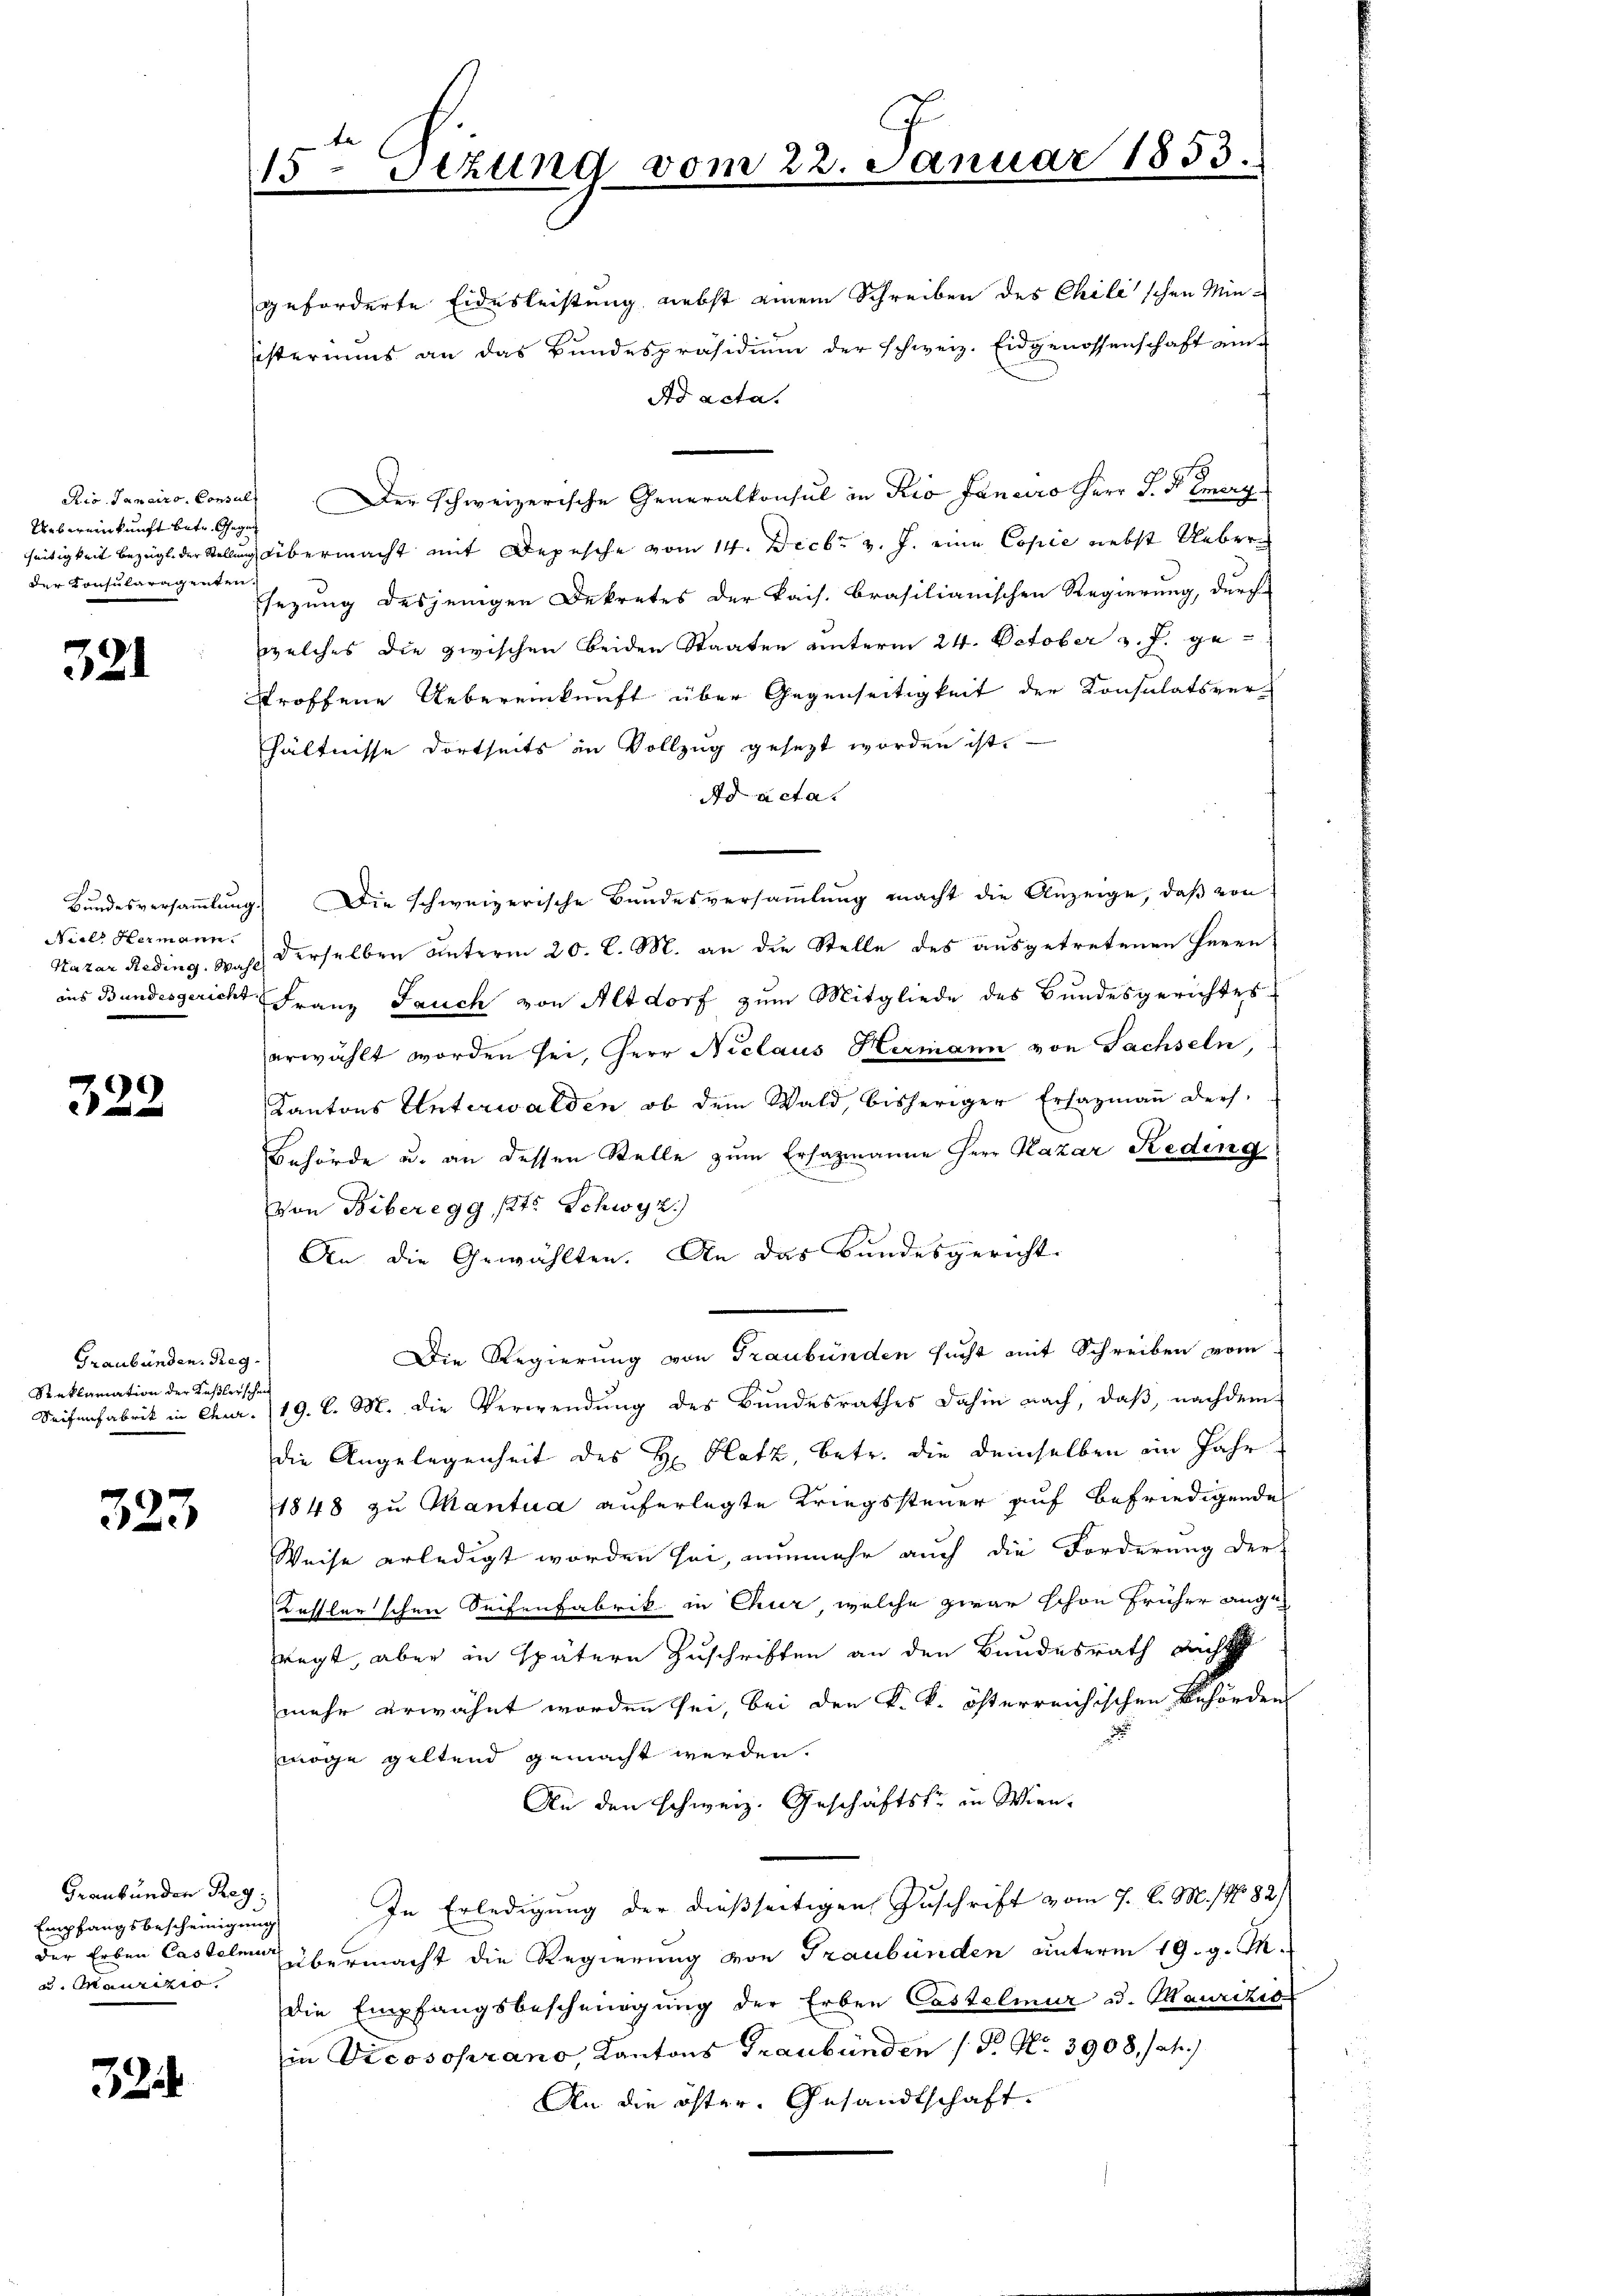
Uebereinkunft betr. Gegen
der Konsularagenten.

321

Nieth Hermann.

322

Graubünden. Reg.
Reklamation der Kaßlerschei
Seifenfabrik in Chur¬

323

geforderte Eidesleistung nebst einem Schreiben des Chilischen Min¬
Eisteriums an das Bundespräsidium der schweiz. Eidgenossenschaft an
Ad acta.
Rio. Janeiro Consul Der schweizerische Generalkonsul in Rio Fanaro Herr J. H. Energ
seitigkeit bezeigt der Stellung übermacht mit Depesche vom 14. Decbr v. J. eine Copie nebst Uebersezung desjenigen Dekretes der kais. Brasilianischen Regierung, durch
welches die zwischen beiden Staaten unterm 24. October v. J. gestroffene Uebereinkunft über Gegenseitigkeit der Konsulatsverhältnisse dortseits in Vollzug gesezt worden ist.
Ad acta.
Bŭndesversaṁlŭng. Die schweizerische Bŭndesversaṁlŭng macht die Anzeige, daβ von
Kazar Reding. Wahl derselben unterm 20. d. M. an die Stelle des ausgetretenen Herrn
ans Bundesgericht Franz Jauch von Altdorf zum Mitgliede des Bundesgerichtes
erwählt worden sei, Herr Niclaus Hermann von Sachseln,
Kantons Unterwalden, ob dem Wald, bisheriger Erhagmann ders.
Behörde u. an dessen Stelle zum Ersazmanne Herr Nazar Reding
Von Biberegg (lt. Schwyz.)
An die Gewählten. An das Bundesgericht
Die Regierung von Graubünden sucht mit Schreiben vom
19. d. M. die Verwendung des Bundesrathes dahin nach, daß, nachdem
die Angelegenheit des H. Platz, betr. die demselben im Jahr
1848 zu Mantua auferlegte Kriegssteuer auf befriedigende
Weise erledigt worden sei, nunmehr auch die Forderung der
Kessler’schen Seifenfabrik in Chur welche zwar schon früher angefragt, aber in spätern Zuschriften an den Bundesrath auch
mehr erwähnt worden sei, bei den k. k. österreichischen Behörden
möge geltend gemacht werden.
An den schweiz. Geschäftsfr. in Wien.
In Erledigung der dießseitigen Zuschrift vom 7. d. M. (N. 82)
der Erben Castelen übermacht die Regierung von Graubünden unterm 19. d. M.
die Empfangsbescheinigung der Erben Castelmur u. Maurikis
in Dicosoprano, Kantons Graubünden (N. N. 3908, sah.
An die öfter Gesandtschaft.

Grankunden Reg
Empfangsbescheinigung
u. Maurizio

32

15 Sezung vom 22. Januar 1853.